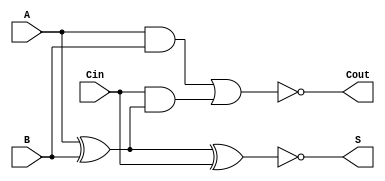
module negative_circuit_full_adder (
    input wire A,      // First binary input
    input wire B,      // Second binary input
    input wire Cin,    // Carry-in input
    output wire S,     // Sum output
    output wire Cout   // Carry-out output
);

// Inverted inputs
wire A_inv = ~A;     // Inverted A
wire B_inv = ~B;     // Inverted B
wire Cin_inv = ~Cin; // Inverted Cin

// Intermediate signals for sum calculation
wire sum_intermediate = A ^ B ^ Cin; // S = A  B  Cin

// Output signals for Negative Logic
assign S = ~sum_intermediate; // Inverted Sum output S' = ~(A  B  Cin)

// Carry-out calculation
wire carry_and1 = A & B;                   // A  B
wire carry_and2 = Cin & (A ^ B);           // Cin  (A  B)
wire carry_intermediate = carry_and1 | carry_and2; // Cout = (A  B) + (Cin  (A  B))

// Output the inverted carry-out
assign Cout = ~carry_intermediate; // Inverted Carry-out Cout' = ~((A  B) + (Cin  (A  B)))

endmodule